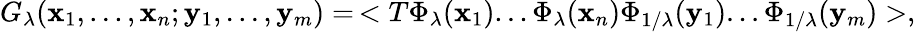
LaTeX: G_{\lambda}(\mathbf{x}_{1},...,\mathbf{x}_{n};\mathbf{y}_{1},...,\mathbf{y}_{m})=\, <T\Phi_{\lambda}(\mathbf{x}_{1})...\Phi_{\lambda}(\mathbf{x}_{n})\Phi_{1/\lambda}(\mathbf{y}_{1})...\Phi_{1/\lambda}(\mathbf{y}_{m})>,